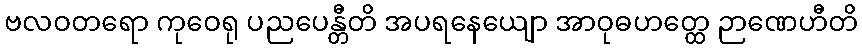
ဗလဝတရော ကုဝေရု ပညပေန္တီတိ အပရနေယျော အာဝုဓဟတ္ထေ ဉာဏေဟီတိ